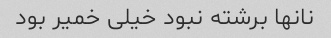
نانها برشته نبود خیلی خمیر بود